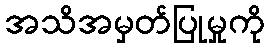
အသိအမှတ်ပြုမှုကို